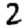
Digit: 2